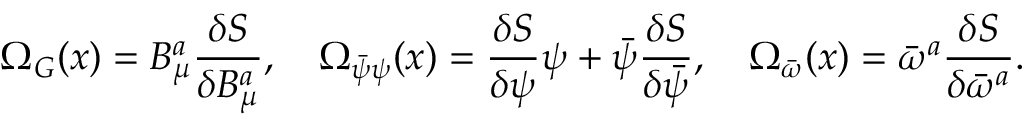
{ \mit \Omega } _ { G } ( x ) = B _ { \mu } ^ { a } \frac { \delta S } { \delta B _ { \mu } ^ { a } } , \quad { \mit \Omega } _ { \bar { \psi } \psi } ( x ) = \frac { \delta S } { \delta \psi } \psi + \bar { \psi } \frac { \delta S } { \delta \bar { \psi } } , \quad { \mit \Omega } _ { \bar { \omega } } ( x ) = \bar { \omega } ^ { a } \frac { \delta S } { \delta \bar { \omega } ^ { a } } .